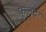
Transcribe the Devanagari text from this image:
फुलदा